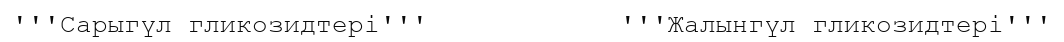
'''Сарыгүл гликозидтері'''            '''Жалынгүл гликозидтері'''